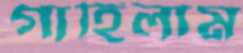
গাহিলাম